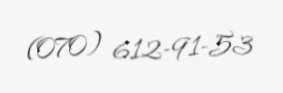
(070) 612-91-53